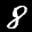
Label: 8